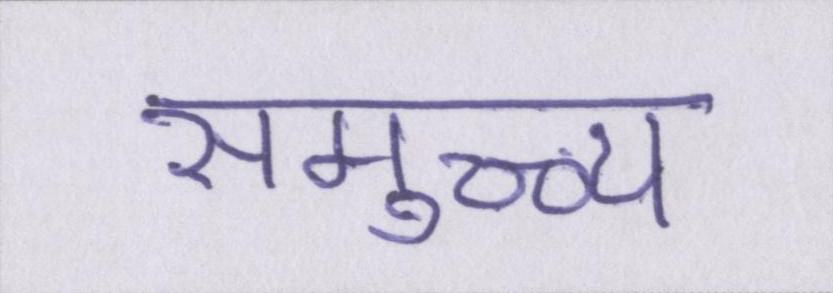
समुच्च्य